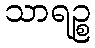
သာရဉ္စ